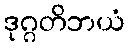
ဒုဂ္ဂတိဘယံ